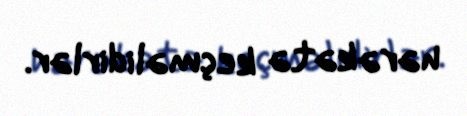
hərəkətə keçməlidirlər.